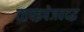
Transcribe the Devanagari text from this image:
व्तपइपेजवदद्ध